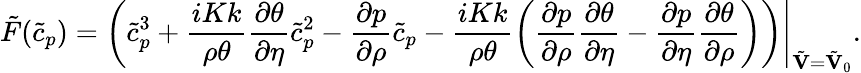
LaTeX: \tilde{F}(\tilde{c}_{p})=\left.\left(\tilde{c}_{p}^{3}+\frac{iKk}{\rho\theta}\frac{\partial\theta}{\partial\eta}\tilde{c}_{p}^{2}-\frac{\partial p}{\partial\rho}\tilde{c}_{p}-\frac{iKk}{\rho\theta}\left(\frac{\partial p}{\partial\rho}\frac{\partial\theta}{\partial\eta}-\frac{\partial p}{\partial\eta}\frac{\partial\theta}{\partial\rho}\right)\right)\right\vert_{\tilde{\mathbf{V}}=\tilde{\mathbf{V}}_{0}}.